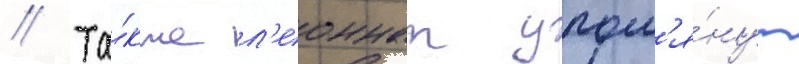
// Та́кже л'еоннат упом'я́нут